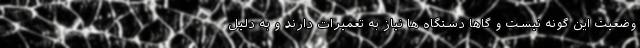
وضعیت این گونه نیست و گاهاً دستگاه ها نیاز به تعمیرات دارند و به دلیل